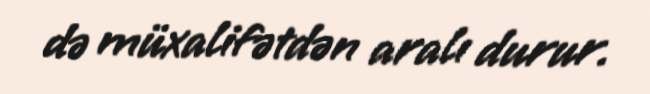
də müxalifətdən aralı durur.